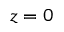
z = 0